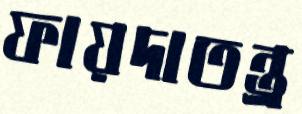
ফায়দাতন্ত্র